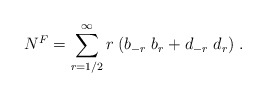
\begin{align*}N^F=\sum_{r=1/2}^{\infty}r\;(b_{-r}\; b_r+d_{-r}\;d_r)\;.\end{align*}